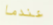
عندما